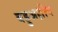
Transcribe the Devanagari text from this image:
बहुअक्षीय